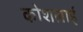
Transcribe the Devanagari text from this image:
कोशलाई